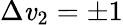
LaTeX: \Delta\mathit{v}_{2}=\pm1